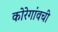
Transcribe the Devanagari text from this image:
कोरेगांवची